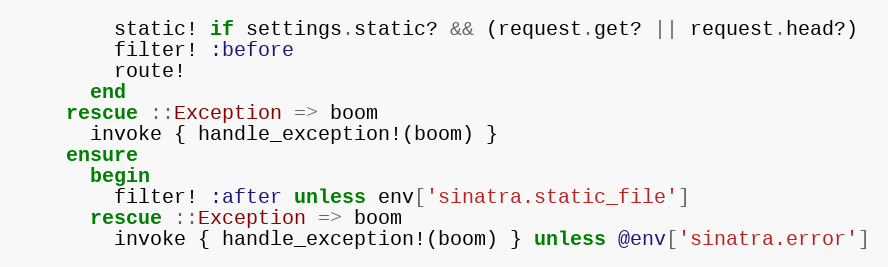
Language: Ruby
        static! if settings.static? && (request.get? || request.head?)
        filter! :before
        route!
      end
    rescue ::Exception => boom
      invoke { handle_exception!(boom) }
    ensure
      begin
        filter! :after unless env['sinatra.static_file']
      rescue ::Exception => boom
        invoke { handle_exception!(boom) } unless @env['sinatra.error']